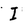
Character: I